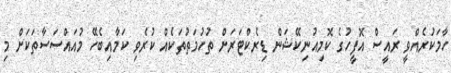
ހާމަކުރެއްވީ ރައީސް އޮފީހުގެ ކޮމިއުނިކޭޝަން ޑިރެކްޓަރަށް ތުހުމަތުތަކެއް ކުރެވި ކަމާއިބެހޭ މުއައްސަސާތަކަށް މި